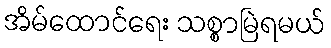
အိမ်ထောင်ရေး သစ္စာမြဲရမယ်